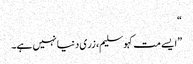
“
”ایسے مت کہو سلیم، زری دنیا نہیں ہے۔